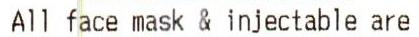
ALL FACE MASK & INJECTABLE ARE